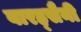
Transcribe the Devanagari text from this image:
बारह्सैनी